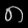
Digit: ၈